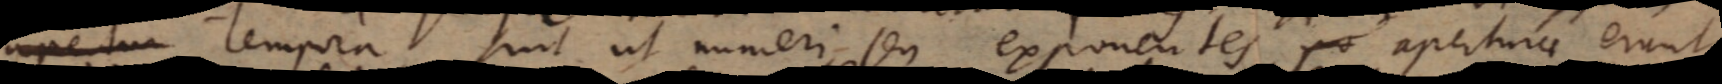
apertura tempora sint ut numeri, seu exponentes, aperturae erunt